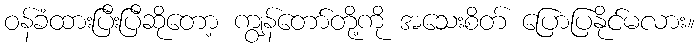
ဝန်ခံထားပြီးပြီဆိုတော့ ကျွန်တော်တို့ကို အသေးစိတ် ပြောပြနိုင်မလား။